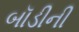
બૉડીની